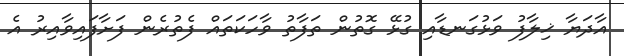
އާދަޔާ ޚިލާފު ވަޅުގަނޑާއި ގުޅޭ ގޮތުން ތަފާތު ވާހަކަތައް ފެތުރެން ފަށާފައިވާއިރު އެ